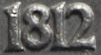
1812